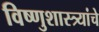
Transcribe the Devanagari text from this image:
विष्णुशास्त्र्यांचे